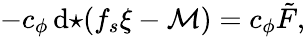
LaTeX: -c_{\phi}\, \mathrm{d}{\star\! \left(f_{s}\xi-{\cal M}\right)}=c_{\phi}\tilde{F},